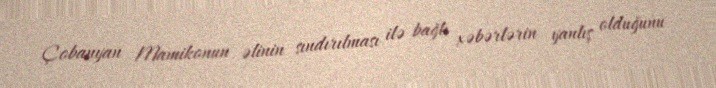
Çobanyan Mamikonun əlinin sındırılması ilə bağlı xəbərlərin yanlış olduğunu